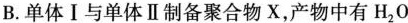
B.单体Ⅰ与单体Ⅱ制备聚合物X，产物中有H_{2}O